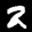
Label: 2